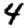
Digit: 4